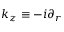
k _ { z } \equiv - i \partial _ { r }